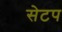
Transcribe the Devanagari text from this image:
सेटप